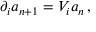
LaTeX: \partial _ { i } a _ { n + 1 } = V _ { i } a _ { n } \, ,